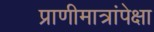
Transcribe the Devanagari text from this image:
प्राणीमात्रांपेक्षा